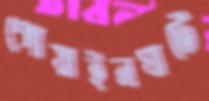
গোয়াইনঘাটে